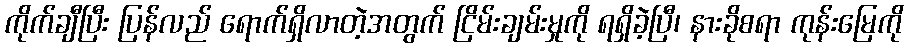
ကိုက်ချီပြီး ပြန်လည် ရောက်ရှိလာတဲ့အတွက် ငြိမ်းချမ်းမှုကို ရရှိခဲ့ပြီ၊ နားခိုစရာ ကုန်းမြေကို